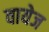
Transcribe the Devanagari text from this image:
वायेज